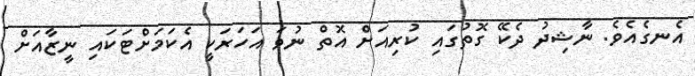
އެނގެއެވެ. ނާޝިދު ދެކޭ ގޮތުގައި ކުރިއަށް އޮތް ނުވަ އަހަރަކީ އެކަމަށްޓަކައި ނީޒާއަށް